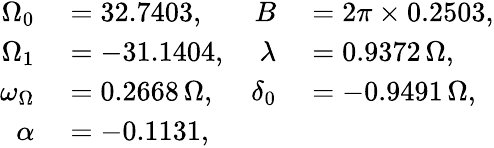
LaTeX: \begin{array}{rlrl}{\Omega_{0}}&{{}=32.7403,}&{B}&{{}=2\pi\times 0.2503,}\\ {\Omega_{1}}&{{}=-31.1404,}&{\lambda}&{{}=0.9372\, \Omega,}\\ {\omega_{\Omega}}&{{}=0.2668\, \Omega,}&{\delta_{0}}&{{}=-0.9491\, \Omega,}\\ {\alpha}&{{}=-0.1131,}\end{array}